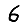
Digit: 6